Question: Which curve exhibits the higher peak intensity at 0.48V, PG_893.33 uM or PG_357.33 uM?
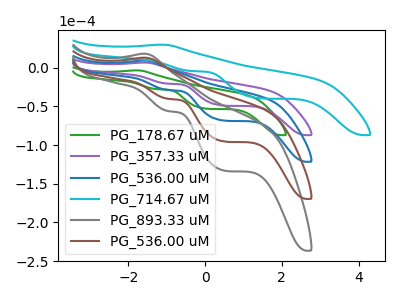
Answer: <think>The green curve "PG_178.67 uM" has an anodic peak at (-1.80V, -3.45uA) and cathodic peaks at (-1.25V, -27.80uA) (0.05V, -53.10uA). The purple curve "PG_357.33 uM" has an anodic peak at (-1.60V, 6.65uA) and cathodic peaks at (-0.95V, -20.65uA) (0.50V, -48.95uA). The blue curve "PG_536.00 uM" has an anodic peak at (-1.60V, 9.30uA) and cathodic peaks at (-0.95V, -28.80uA) (0.50V, -68.30uA). The cyan curve "PG_714.67 uM" has an anodic peak at (-1.15V, 29.75uA) and cathodic peaks at (-0.35V, -4.25uA) (1.45V, -39.55uA). The gray curve "PG_893.33 uM" has an anodic peak at (-1.60V, 27.90uA) and cathodic peaks at (-0.95V, -86.40uA) (0.50V, -204.85uA). The brown curve "PG_536.00 uM" has an anodic peak at (-1.60V, 18.60uA) and cathodic peaks at (-0.95V, -57.60uA) (0.50V, -136.55uA).</think>
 <answer>The peak at 0.48V is higher in "PG_893.33 uM" than in "PG_357.33 uM".</answer>
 <eval>higher</eval>